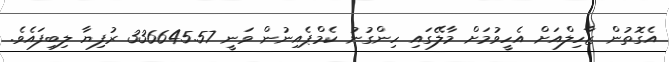
އެގޮތުން ޒާހިލްއަށް އެހީވުމަށް މާލޭގައި ހިންގުނު ކެމްޕެއިނުން ވަނީ 336645.57 ރުފިޔާ ލިބިފައެވެ.